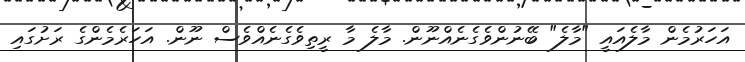
އަހަރުމެން މާލެއައީ "މާލެ" ބޭނުންވެގެނެއްނޫން. މާލެ މާ ރީތިވެގެނެއްވެސް ނޫން. އަހަރެމެންގެ ރަށުގައި